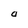
Character: a